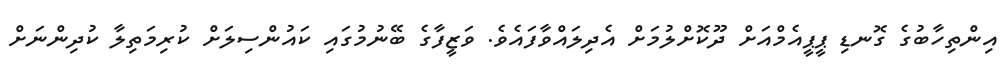
އިންތިހާބުގެ ގޮނޑި ޕީޕީއެމްއަށް ދޫކޮށްލުމަށް އެދިލައްވާފައެވެ. ވަޒީފާގެ ބޭނުމުގައި ކައުންސިލަށް ކުރިމަތިލާ ކުދިންނަށް